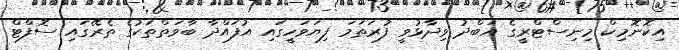
އިކޮނޮމިކް މިނިސްޓްރީގެ އަބްދު ވިދާޅުވީ ފުރަތަމަ ފިޔަވަހީގައި އުފައްދާ ބާވަތްތަކުގެ ތެރޭގައި ސޮފްޓް